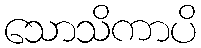
သောသိကာပိ